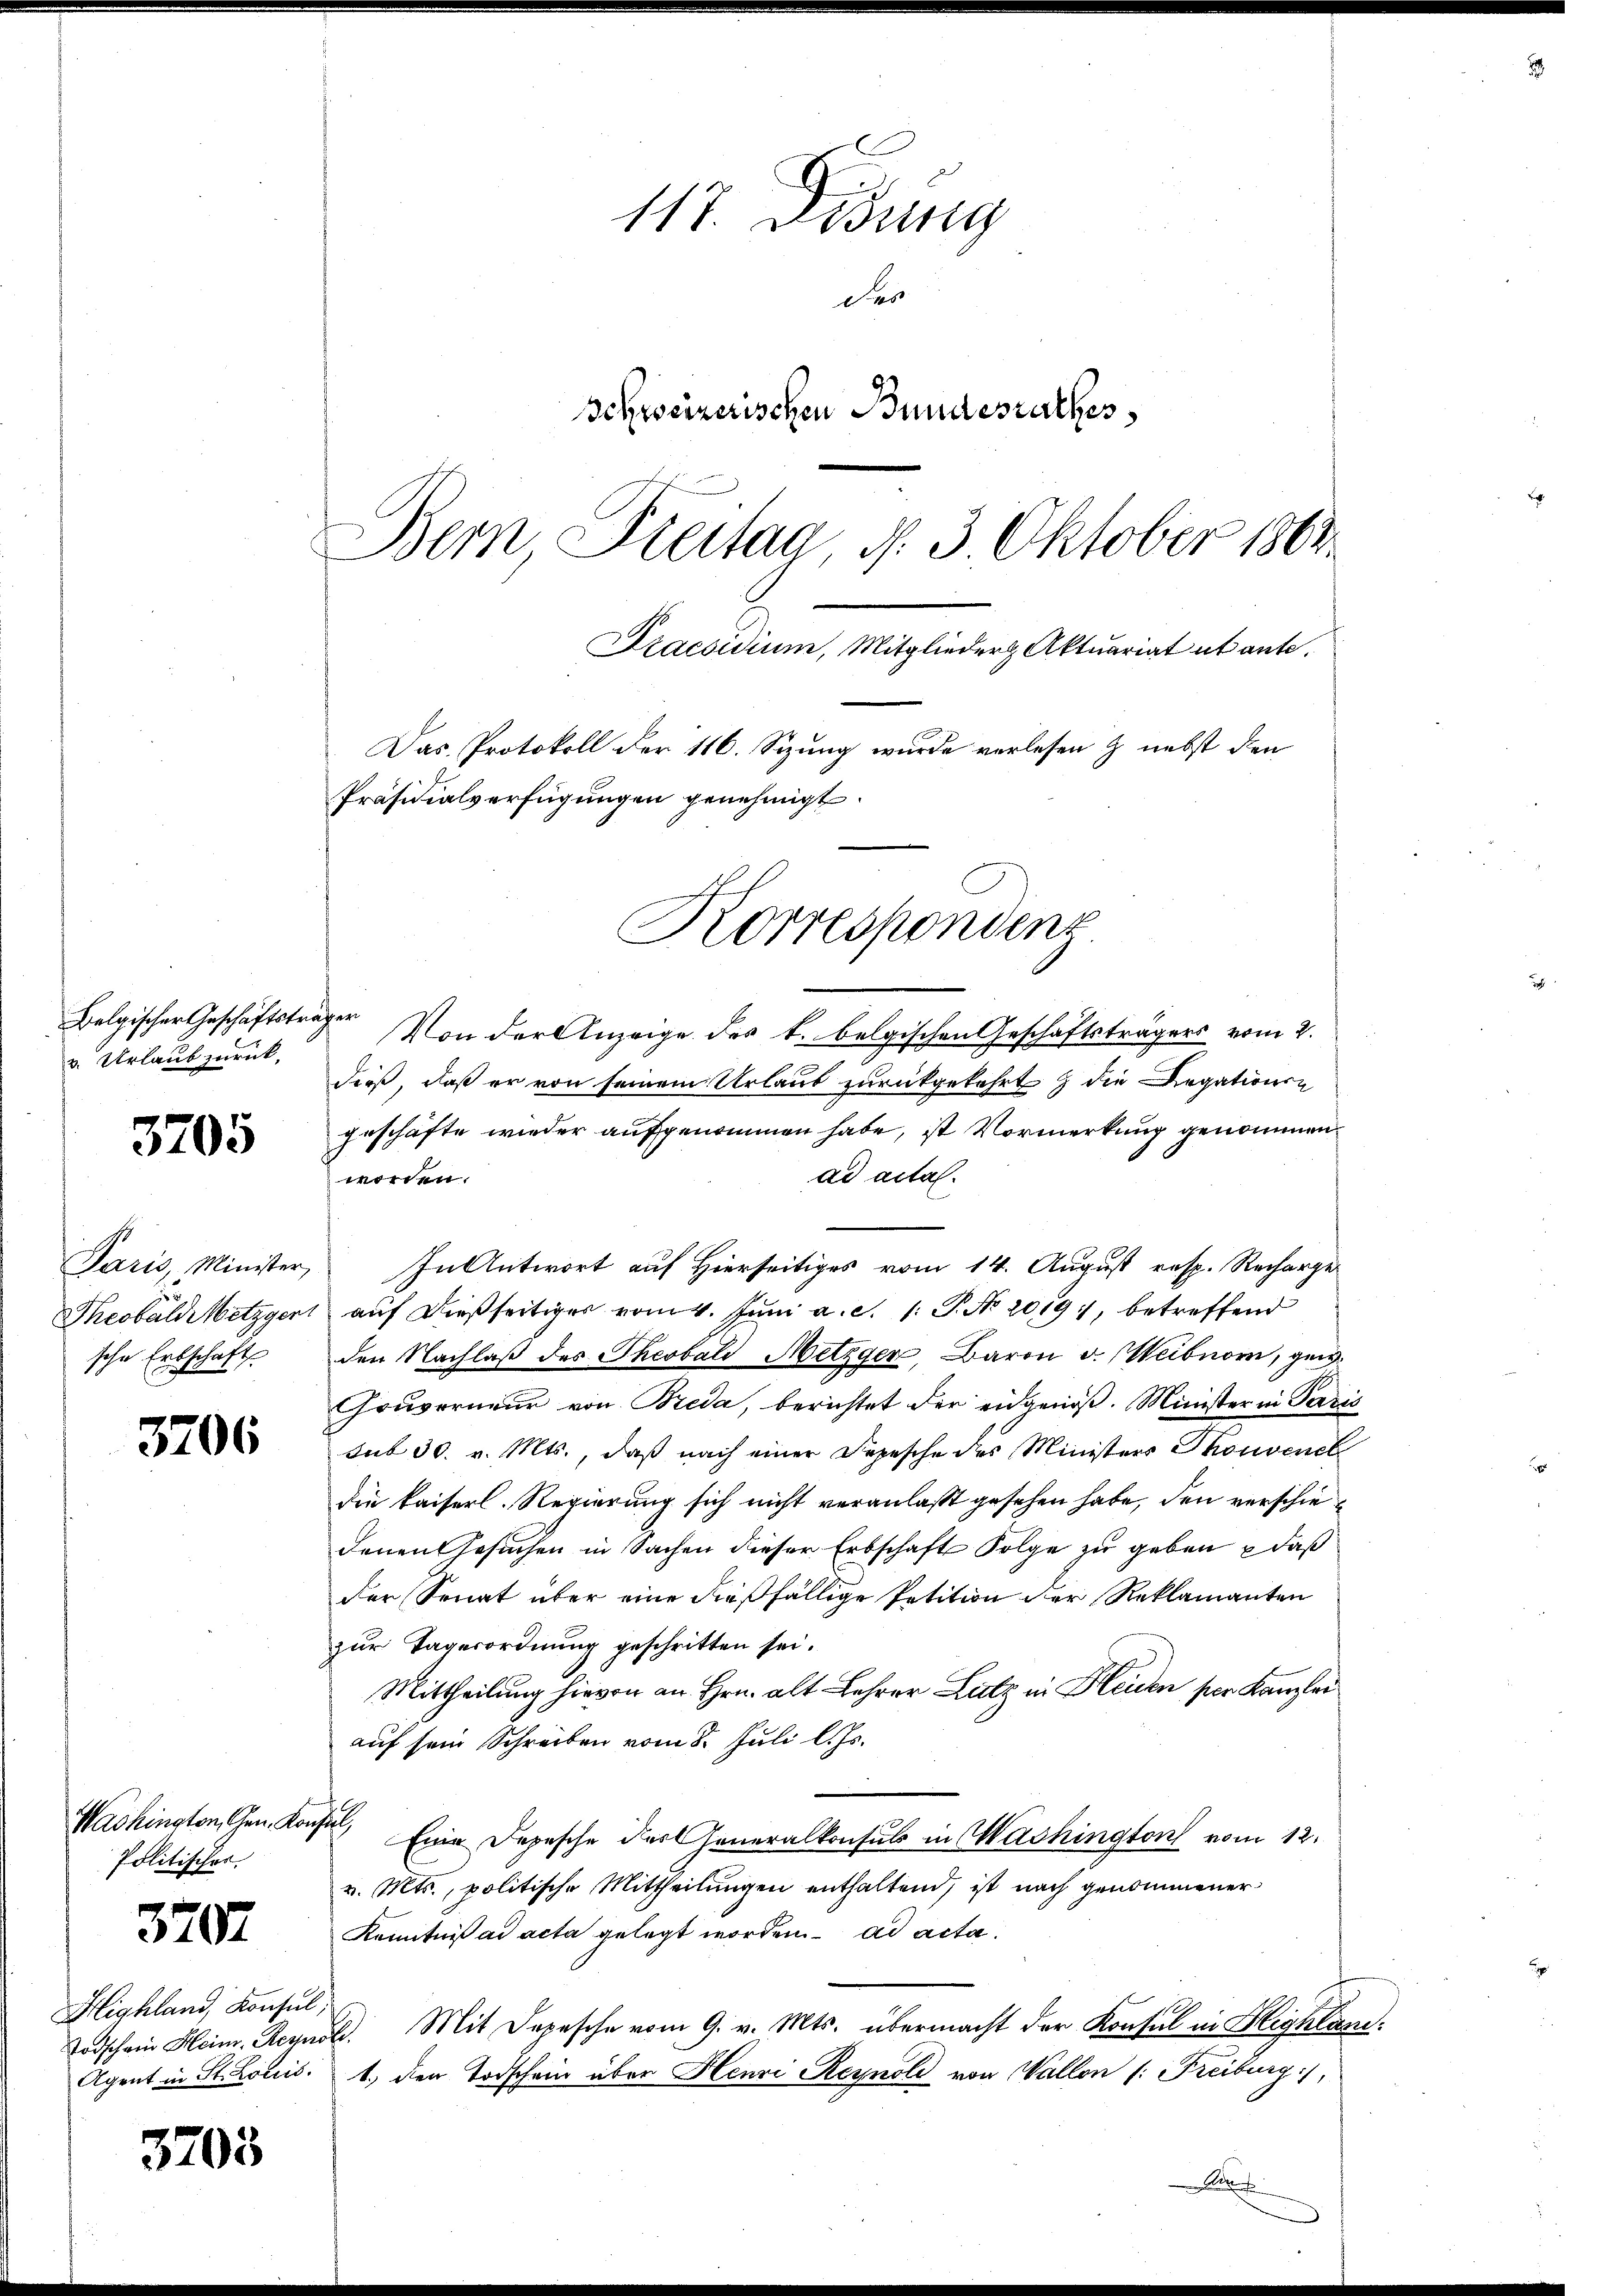
v. Urlaub zurück,

3705

Paris, Minister,
sche Erbschaft

3706

Washington, Gen. Konsul,
Politischer

3707

Highland, Konsul,
Agent in St. Louis.

3705

117. Lesung
Der
Schweizerischen Bundesrathes
Bern, Steitag, d. 3 Oktober 1864.

Präsidialverfügungen genehmigt.

Belgischer Geschäftsträger Von der Anzeige des k. belgischen Geschäftsträgers vom 2.
dieß, daß er von seinem Urlaub zurückgekehrt die Legationen
geschäfte wieder aufgenommen habe, ist Vormerkung genommen
ad actal.
worden.
In Antwort auf Hierseitiges vom 14. August resp. Recharge
Theobald Metzgert auf dießseitiger vom 4. Juni a. c. 1: P. No 2019), betreffend
den Nachlaß des Theobald Metzger, Baron v. Weibnor, gew
Gouverneur von Breda, berichtet der eidgenöß. Minister in Paris
sub 30. v. Mts., daß nach einer Depesche des Ministers Thonvene
die kaiserl. Regierung sich nicht veranlaßt gesehen habe, den verschiedenen Gesuchen in Sachen dieser Erbschaft Folge zu geben , daß
der Senat über eine dießfällige Petition der Reklamanten
zur Tagerordnung geschritten sei.
Mittheilung hievon an Hrn. alt Lehrer Lutz in Heiden per Kanzlei
auf sein Schreiben vom 8. Juli l. Js.
Eine Depesche der Generalkonsuls in Washington vom 12.
v. Mts., politische Mittheilungen enthaltend, ist nach genommener
Kenntniß ad acta gelegt worden ad acta.
Todschein Heim. Reynol. Mit Depesche vom 9. v. Mts. übermacht der Konsul in Highlan¬
1.) den Todschein über Henri Reynold von Wallen (: Freiburg),
a

Praesidium, Mitglieder Aktuariat ut ante.
Das Protokoll der 116. Sizung wurde verlesen & nebst den
Korrespondenz